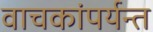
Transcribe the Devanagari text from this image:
वाचकांपर्यन्त